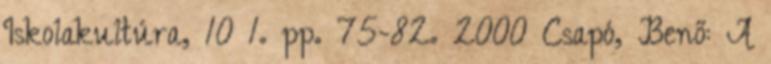
Iskolakultúra, 10 1. pp. 75-82. 2000 Csapó, Benő: A